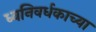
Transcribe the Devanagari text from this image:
ध्वनिवर्धकाच्या